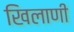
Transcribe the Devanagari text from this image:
खिलाणी